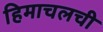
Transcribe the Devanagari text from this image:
हिमाचलची